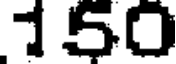
150